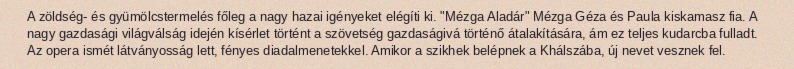
A zöldség- és gyümölcstermelés főleg a nagy hazai igényeket elégíti ki. "Mézga Aladár" Mézga Géza és Paula kiskamasz fia. A nagy gazdasági világválság idején kísérlet történt a szövetség gazdaságivá történő átalakítására, ám ez teljes kudarcba fulladt. Az opera ismét látványosság lett, fényes diadalmenetekkel. Amikor a szikhek belépnek a Khálszába, új nevet vesznek fel.